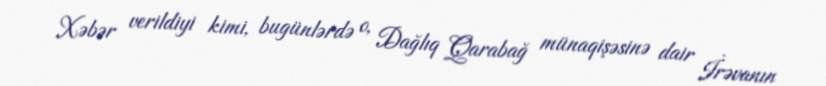
Xəbər verildiyi kimi, bugünlərdə o, Dağlıq Qarabağ münaqişəsinə dair İrəvanın